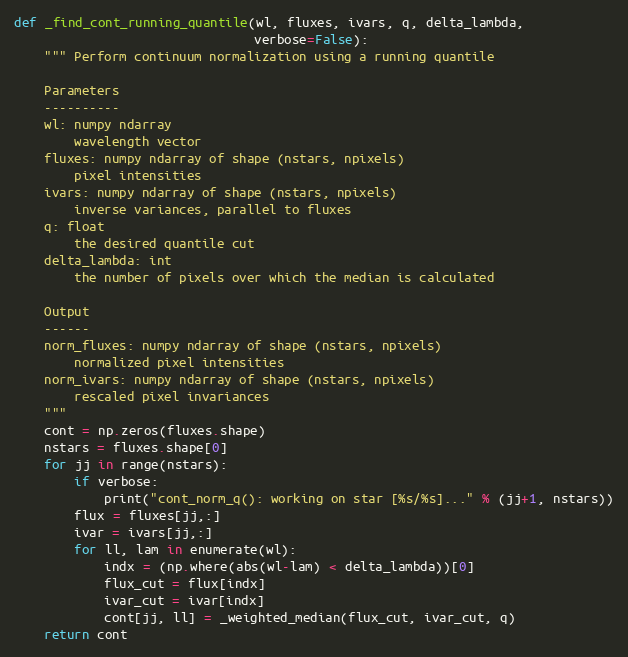
Language: Python
def _find_cont_running_quantile(wl, fluxes, ivars, q, delta_lambda,
                                verbose=False):
    """ Perform continuum normalization using a running quantile

    Parameters
    ----------
    wl: numpy ndarray
        wavelength vector
    fluxes: numpy ndarray of shape (nstars, npixels)
        pixel intensities
    ivars: numpy ndarray of shape (nstars, npixels)
        inverse variances, parallel to fluxes
    q: float
        the desired quantile cut
    delta_lambda: int
        the number of pixels over which the median is calculated

    Output
    ------
    norm_fluxes: numpy ndarray of shape (nstars, npixels)
        normalized pixel intensities
    norm_ivars: numpy ndarray of shape (nstars, npixels)
        rescaled pixel invariances
    """
    cont = np.zeros(fluxes.shape)
    nstars = fluxes.shape[0]
    for jj in range(nstars):
        if verbose:
            print("cont_norm_q(): working on star [%s/%s]..." % (jj+1, nstars))
        flux = fluxes[jj,:]
        ivar = ivars[jj,:]
        for ll, lam in enumerate(wl):
            indx = (np.where(abs(wl-lam) < delta_lambda))[0]
            flux_cut = flux[indx]
            ivar_cut = ivar[indx]
            cont[jj, ll] = _weighted_median(flux_cut, ivar_cut, q)
    return cont